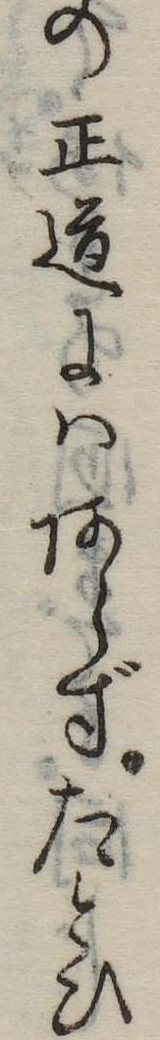
の正道にはあらずたとひ